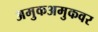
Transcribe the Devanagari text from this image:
अमुकअमुकवर